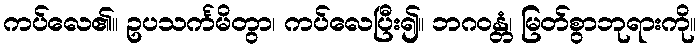
ကပ်လေ၏။ ဥပသင်္ကမိတွာ၊ ကပ်လေပြီး၍။ ဘဂဝန္တံ၊ မြတ်စွာဘုရားကို။